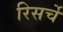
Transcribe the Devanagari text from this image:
रिसर्चे